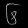
Digit: ၆